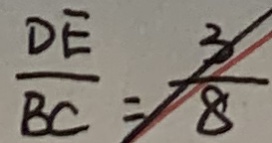
\frac { D E } { B C } = \frac { 3 } { 8 }